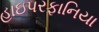
હાઇપરફાનિયા